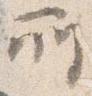
所